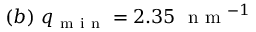
( b ) \ q _ { \mathrm { ~ m ~ i ~ n ~ } } = 2 . 3 5 \ \mathrm { ~ n ~ m ~ } ^ { - 1 }